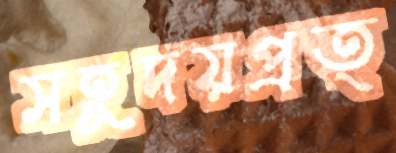
সহূদয়প্রত্